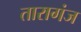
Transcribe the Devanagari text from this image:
तारागंज